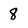
Character: 8